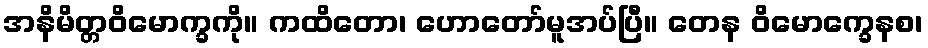
အနိမိတ္တဝိမောက္ခကို။ ကထိတော၊ ဟောတော်မူအပ်ပြီ။ တေန ဝိမောက္ခေနစ၊